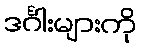
ဒင်္ဂါးများကို